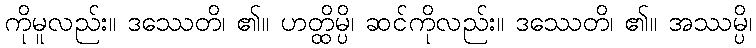
ကိုမူလည်း။ ဒဿေတိ၊ ၏။ ဟတ္ထိမ္ပိ၊ ဆင်ကိုလည်း။ ဒဿေတိ၊ ၏။ အဿမ္ပိ၊